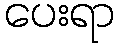
ပေးရာ